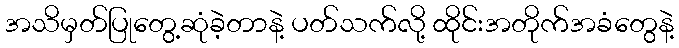
အသိမှတ်ပြုတွေ့ဆုံခဲ့တာနဲ့ ပတ်သက်လို့ ထိုင်းအတိုက်အခံတွေနဲ့